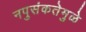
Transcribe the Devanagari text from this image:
नपुसंकतेमुळे